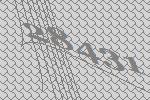
28431